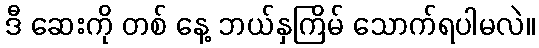
ဒီ ဆေးကို တစ် နေ့ ဘယ်နှကြိမ် သောက်ရပါမလဲ။